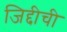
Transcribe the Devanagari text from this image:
जिद्दीची